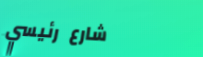
شارع رئيسي